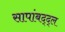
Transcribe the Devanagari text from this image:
सापांबद्द्ल